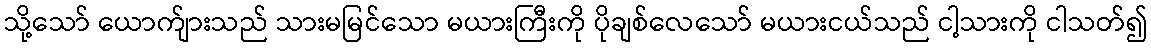
သို့သော် ယောက်ျားသည် သားမမြင်သော မယားကြီးကို ပိုချစ်လေသော် မယားငယ်သည် ငါ့သားကို ငါသတ်၍